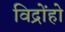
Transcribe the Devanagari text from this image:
विद्रोंहो